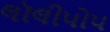
લૉલીપોપ